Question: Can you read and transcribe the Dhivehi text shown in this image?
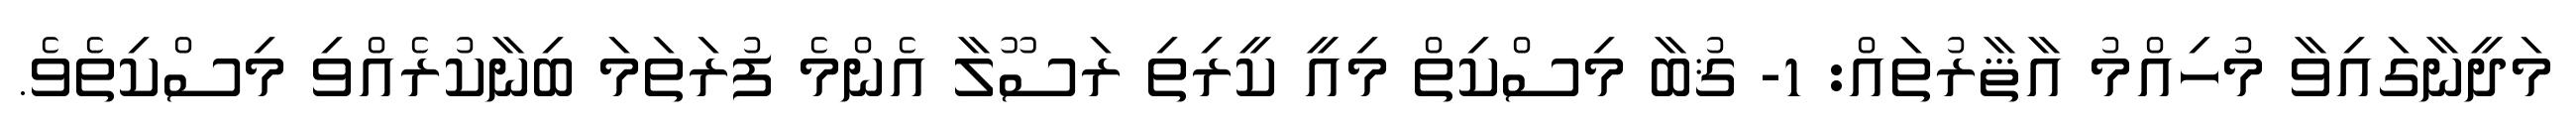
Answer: މަދީނާގައިވާ މުހިއްމު އާޘާރުތައް: 1- ޤުބާ މިސްކިތް މިއީ ކީރިތި ރަސޫލާ އެންމެ ފުރަތަމަ ބިނާކުރެއްވި މިސްކިތެވެ.